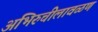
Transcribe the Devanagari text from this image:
अभिरुचीलावळण